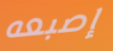
إصبعه